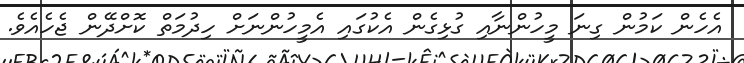
އެހެން ކަމުން ގިނަ މީހުންނާއި ގުޅިގެން އެކުގައި އެމީހުންނަށް ހިދުމަތް ކޮށްދޭން ޖެހެއެވެ.